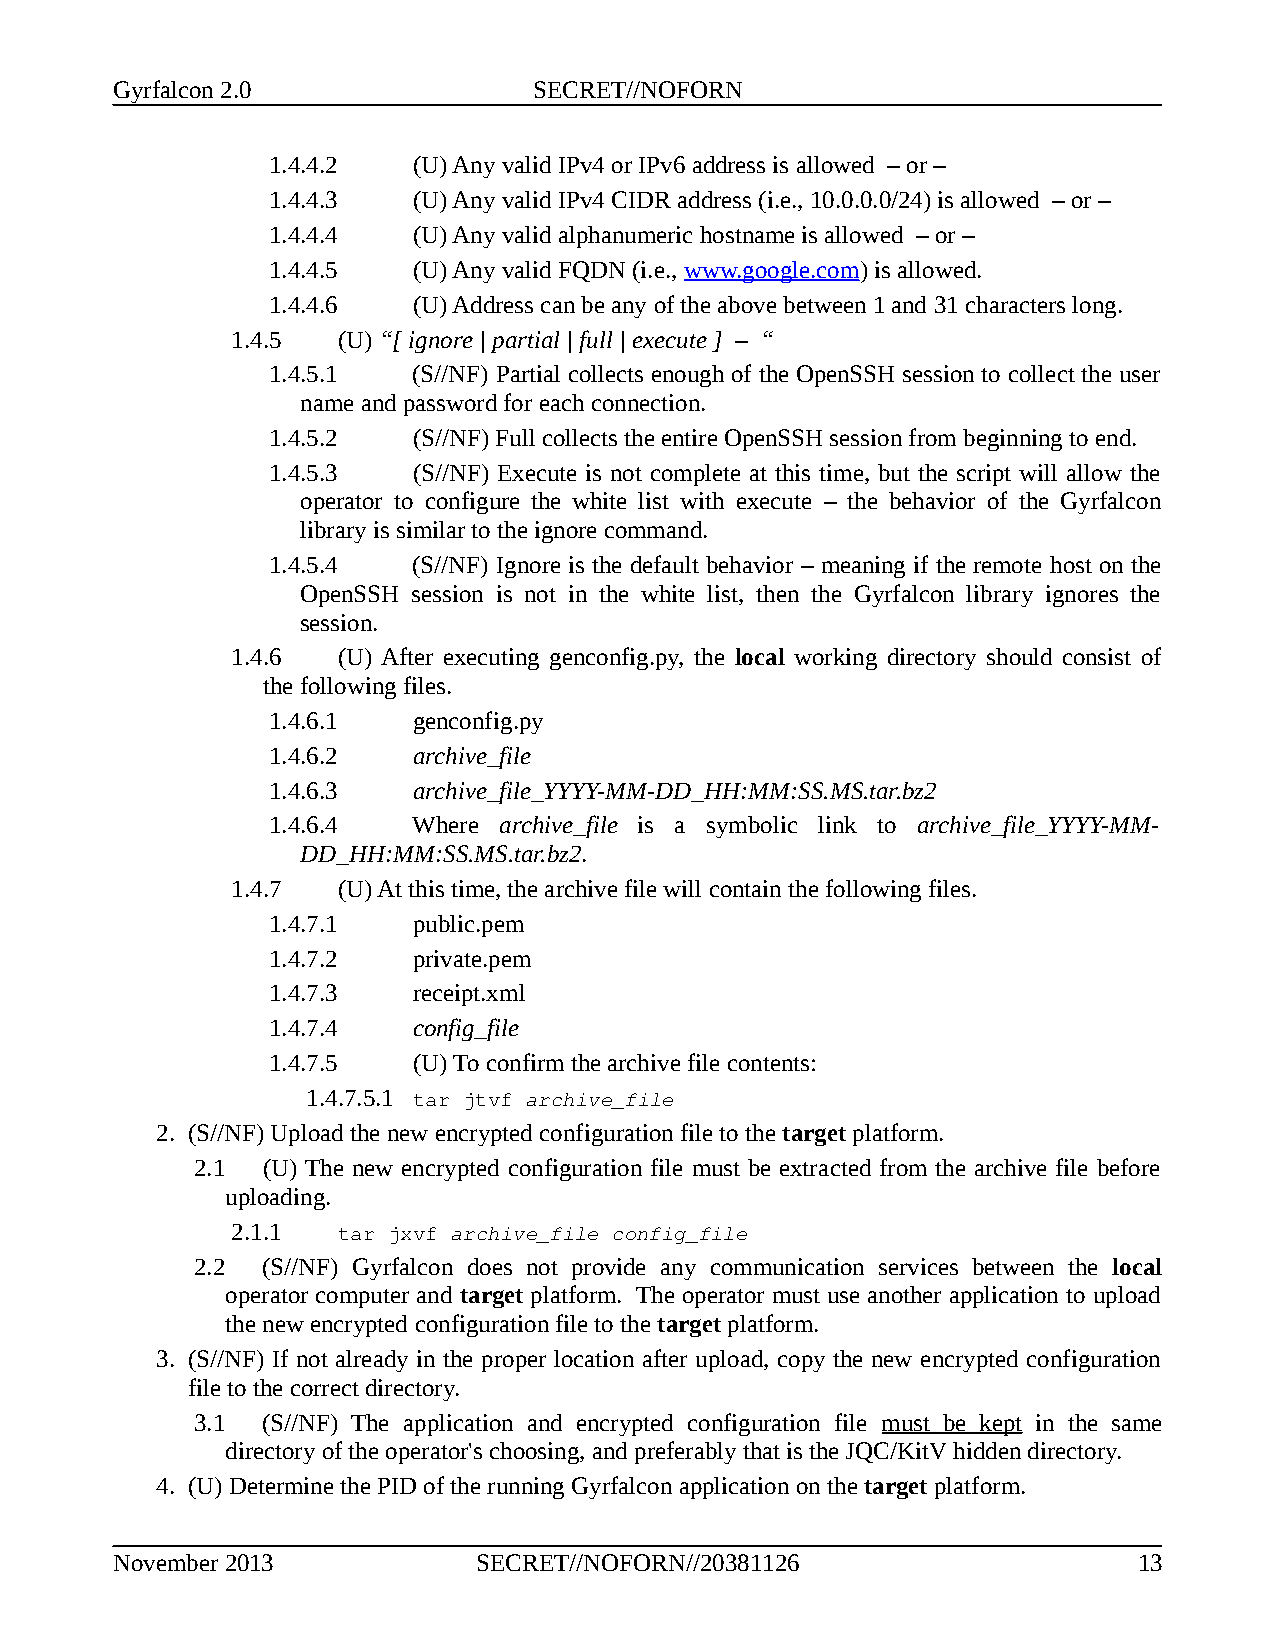
Gyrfalcon 2.0               SECRET//NOFORN
 1.4.4.2  (U) Any valid IPv4 or IPv6 address is allowed – or –
 1.4.4.3  (U) Any valid IPv4 CIDR address (i.e., 10.0.0.0/24) is allowed – or –
 1.4.4.4  (U) Any valid alphanumeric hostname is allowed – or –
 1.4.4.5  (U) Any valid FQDN (i.e., www.google.com) is allowed.
 1.4.4.6  (U) Address can be any of the above between 1 and 31 characters long.
 1.4.5  (U) “[ ignore | partial | full | execute ] – “
 1.4.5.1  (S//NF) Partial collects enough of the OpenSSH session to collect the user
 name and password for each connection.
 1.4.5.2  (S//NF) Full collects the entire OpenSSH session from beginning to end.
 1.4.5.3  (S//NF) Execute is not complete at this time, but the script will allow the
 operator to configure the white list with execute – the behavior of the Gyrfalcon
 library is similar to the ignore command.
 1.4.5.4  (S//NF) Ignore is the default behavior – meaning if the remote host on the
 OpenSSH session is not in the white list, then the Gyrfalcon library ignores the
 session.
 1.4.6  (U) After executing genconfig.py, the local working directory should consist of
 the following files.
 1.4.6.1  genconfig.py
 1.4.6.2  archive_file
 1.4.6.3  archive_file_YYYY-MM-DD_HH:MM:SS.MS.tar.bz2
 1.4.6.4  Where archive_file is a symbolic link to archive_file_YYYY-MM-
 DD_HH:MM:SS.MS.tar.bz2.
 1.4.7  (U) At this time, the archive file will contain the following files.
 1.4.7.1  public.pem
 1.4.7.2  private.pem
 1.4.7.3  receipt.xml
 1.4.7.4  config_file
 1.4.7.5  (U) To confirm the archive file contents:
 1.4.7.5.1 tar jtvf archive_file
 2. (S//NF) Upload the new encrypted configuration file to the target platform.
 2.1 (U) The new encrypted configuration file must be extracted from the archive file before
 uploading.
 2.1.1  tar jxvf archive_file config_file
 2.2 (S//NF) Gyrfalcon does not provide any communication services between the local
 operator computer and target platform. The operator must use another application to upload
 the new encrypted configuration file to the target platform.
 3. (S//NF) If not already in the proper location after upload, copy the new encrypted configuration
 file to the correct directory.
 3.1 (S//NF) The application and encrypted configuration file must be kept in the same
 directory of the operator's choosing, and preferably that is the JQC/KitV hidden directory.
 4. (U) Determine the PID of the running Gyrfalcon application on the target platform.
 November 2013            SECRET//NOFORN//20381126                   13